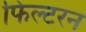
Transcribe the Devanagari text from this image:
फिल्टरन